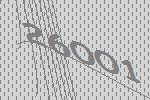
26001